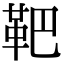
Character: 靶